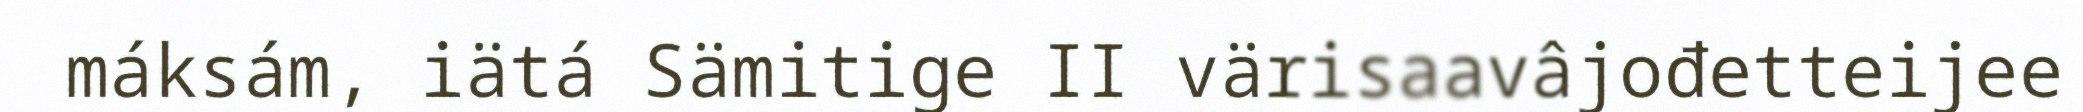
máksám, iätá Sämitige II värisaavâjođetteijee